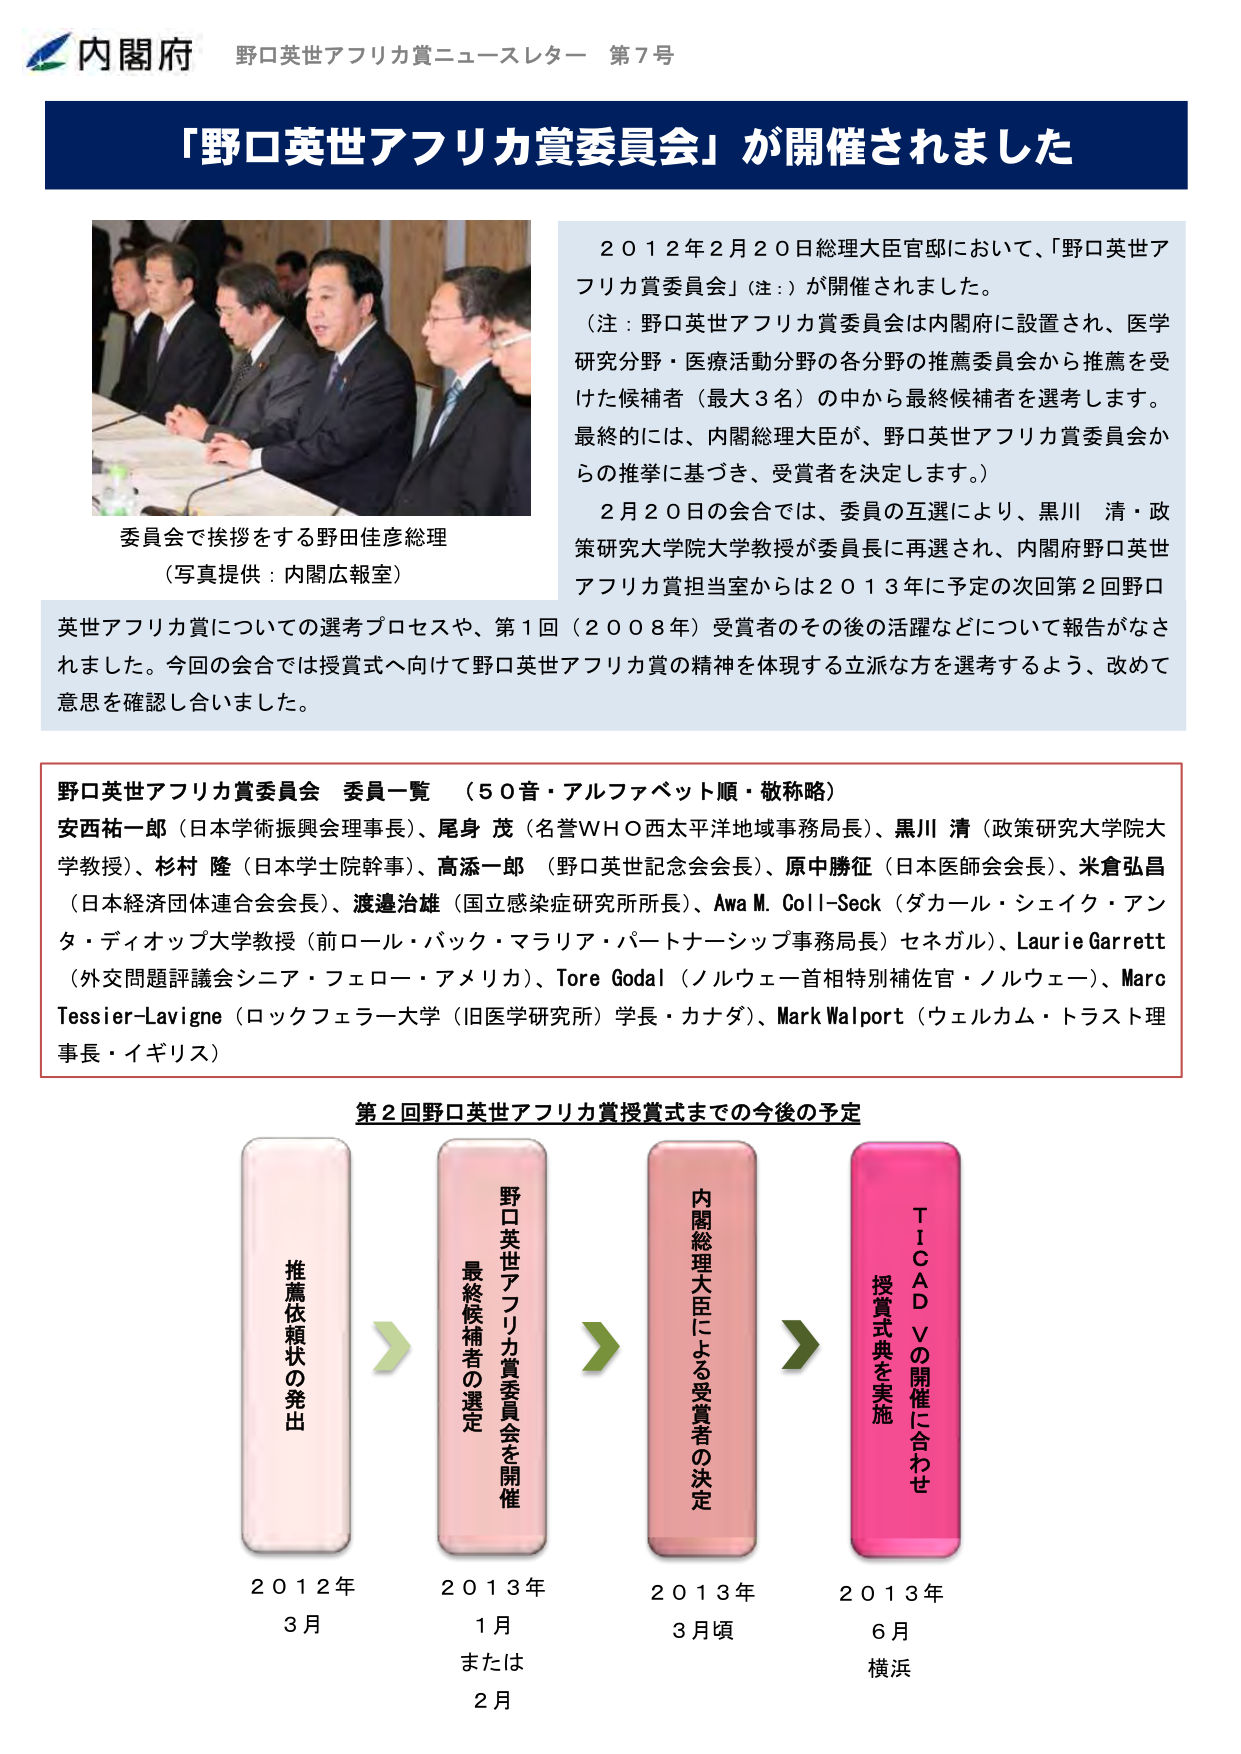
内閣府 野口英世アフリカ賞ニュースレター 第7号

「野口英世アフリカ賞委員会」が開催されました

2012年2月20日総理大臣官邸において、「野口英世アフリカ賞委員会」（注：）が開催されました。
（注：野口英世アフリカ賞委員会は内閣府に設置され、医学研究分野・医療活動分野の各分野の推薦委員会から推薦を受けた候補者（最大3名）の中から最終候補者を選考します。最終的には、内閣総理大臣が、野口英世アフリカ賞委員会からの推挙に基づき、受賞者を決定します。）
2月20日の会合では、委員の互選により、黒川 清・政策研究大学院大学教授が委員長に再選され、内閣府野口英世アフリカ賞担当室からは2013年に予定の次回第2回野口英世アフリカ賞についての選考プロセスや、第1回（2008年）受賞者のその後の活躍などについて報告がなされました。今回の会合では授賞式へ向けて野口英世アフリカ賞の精神を体現する立派な方を選考するよう、改めて意思を確認し合いました。

委員会で挨拶をする野田佳彦総理
（写真提供：内閣広報室）

野口英世アフリカ賞委員会 委員一覧 （50音・アルファベット順・敬称略）
安西祐一郎（日本学術振興会理事長）、尾身 茂（名誉WHO西太平洋地域事務局長）、黒川 清（政策研究大学院大学教授）、杉村 隆（日本学士院幹事）、高添一郎（野口英世記念会会長）、原中勝征（日本医師会会長）、米倉弘昌（日本経済団体連合会会長）、渡邊治雄（国立感染症研究所所長）、Awa M. Coll-Sek（ダカール・シェイク・アンタ・ディオップ大学教授（前ロール・バック・マラリア・パートナーシップ事務局長）セネガル）、Laurie Garrett（外交問題評議会シニア・フェロー・アメリカ）、Tore Godal（ノルウェー首相特別補佐官・ノルウェー）、Marc Tessier-Lavigne（ロックフェラー大学（旧医学研究所）学長・カナダ）、Mark Walport（ウェルカム・トラスト理事長・イギリス）

第2回野口英世アフリカ賞授賞式までの今後の予定

推薦依頼状の発出
2012年
3月

野口英世アフリカ賞委員会を開催
最終候補者の選定
2013年
1月
または
2月

内閣総理大臣による受賞者の決定
2013年
3月頃

TICAD Vの開催に合わせ
授賞式典を実施
2013年
6月
横浜